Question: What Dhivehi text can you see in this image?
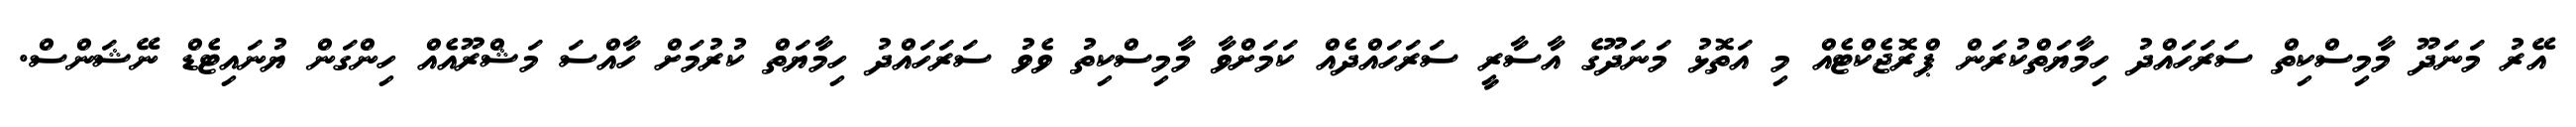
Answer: އޭރު މަނަދޫ މާމިސްކިތް ސަރަހައްދު ހިމާޔަތްކުރަން ޕްރޮޖެކްޓެއް މި އަތޮޅު މަނަދޫގެ އާސާރީ ސަރަހައްދެއް ކަމަށްވާ މާމިސްކިތު ވެވު ސަރަހައްދު ހިމާޔަތް ކުރުމަށް ހާއްސަ މަޝްރޫއެއް ހިންގަން ޔުނައިޓެޑް ނޭޝަންސް.